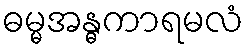
ဓမ္မအန္ဓကာရမလံ